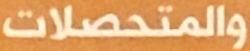
والمتحصلات